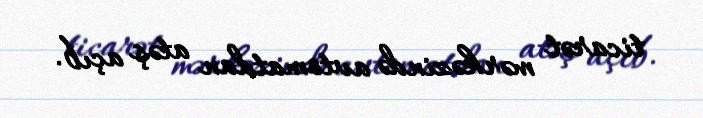
ticarət mərkəzində avtomatdan atəş açıb.